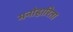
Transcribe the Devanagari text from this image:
मनोहारिता